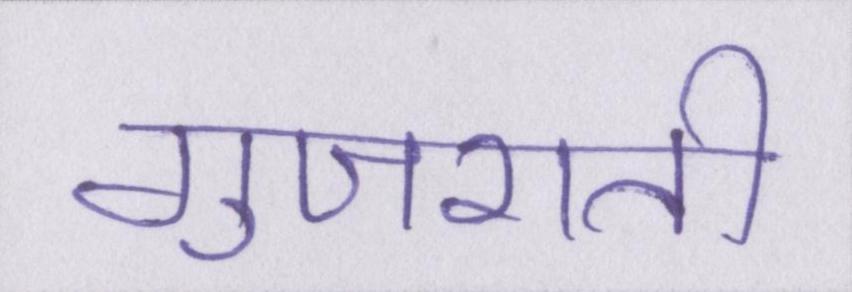
गुजराती